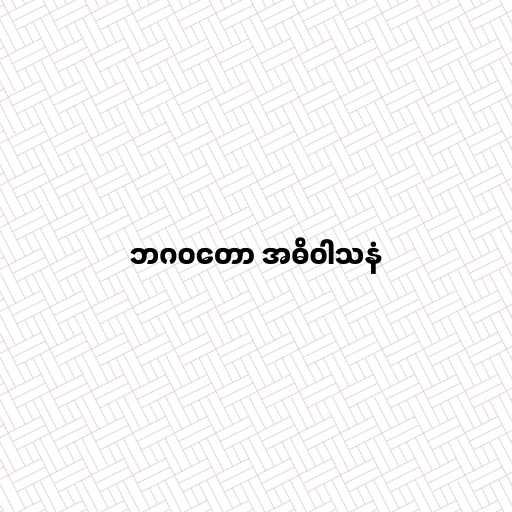
ဘဂဝတော အဓိဝါသနံ